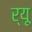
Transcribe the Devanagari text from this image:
र्यू